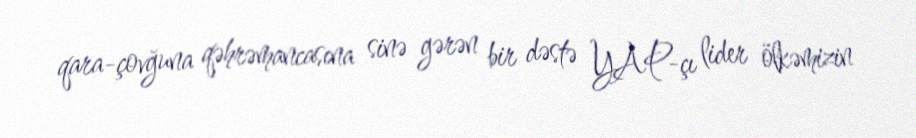
qara-çovğuna qəhrəmancasına sinə gərən bir dəstə YAP-çı lider ölkəmizin